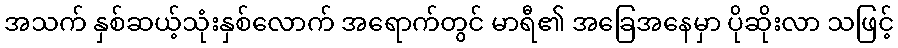
အသက် နှစ်ဆယ့်သုံးနှစ်လောက် အရောက်တွင် မာရီ၏ အခြေအနေမှာ ပိုဆိုးလာ သဖြင့်